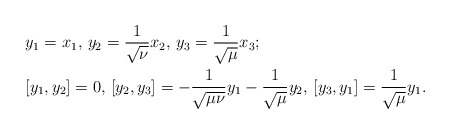
\begin{align*}&y_1=x_1, \, y_2=\frac{1}{\sqrt{\nu}}x_2, \, y_3=\frac{1}{\sqrt{\mu}}x_3;\\&[y_1,y_2]=0, \,[y_2,y_3]=-\frac{1}{\sqrt{\mu\nu}}y_1 - \frac{1}{\sqrt{\mu}}y_2, \,[y_3,y_1]=\frac{1}{\sqrt{\mu}}y_1.\end{align*}